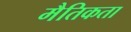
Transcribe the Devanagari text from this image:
मैतिकता